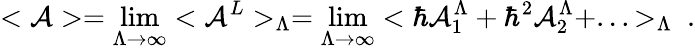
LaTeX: <{\cal A}>=\operatorname*{lim}_{\Lambda\rightarrow\infty}<{\cal A}^{L}>_{\Lambda}=\operatorname*{lim}_{\Lambda\rightarrow\infty}<\hbar{\cal A}_{1}^{\Lambda}+\hbar^{2}{\cal A}_{2}^{\Lambda}+...>_{\Lambda}\ .